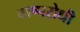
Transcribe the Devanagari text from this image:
वाष्परोधी